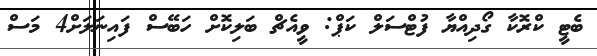
ބެޓީ ކްރޮކާ ގޯދިއްޔާ ފުޓްސަލް ކަޕް: ވީއެޗް ބަލިކޮށް ހަބޭސް ފައިނަލަށް4 މަސް